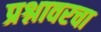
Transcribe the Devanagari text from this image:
प्रश्नावरचा